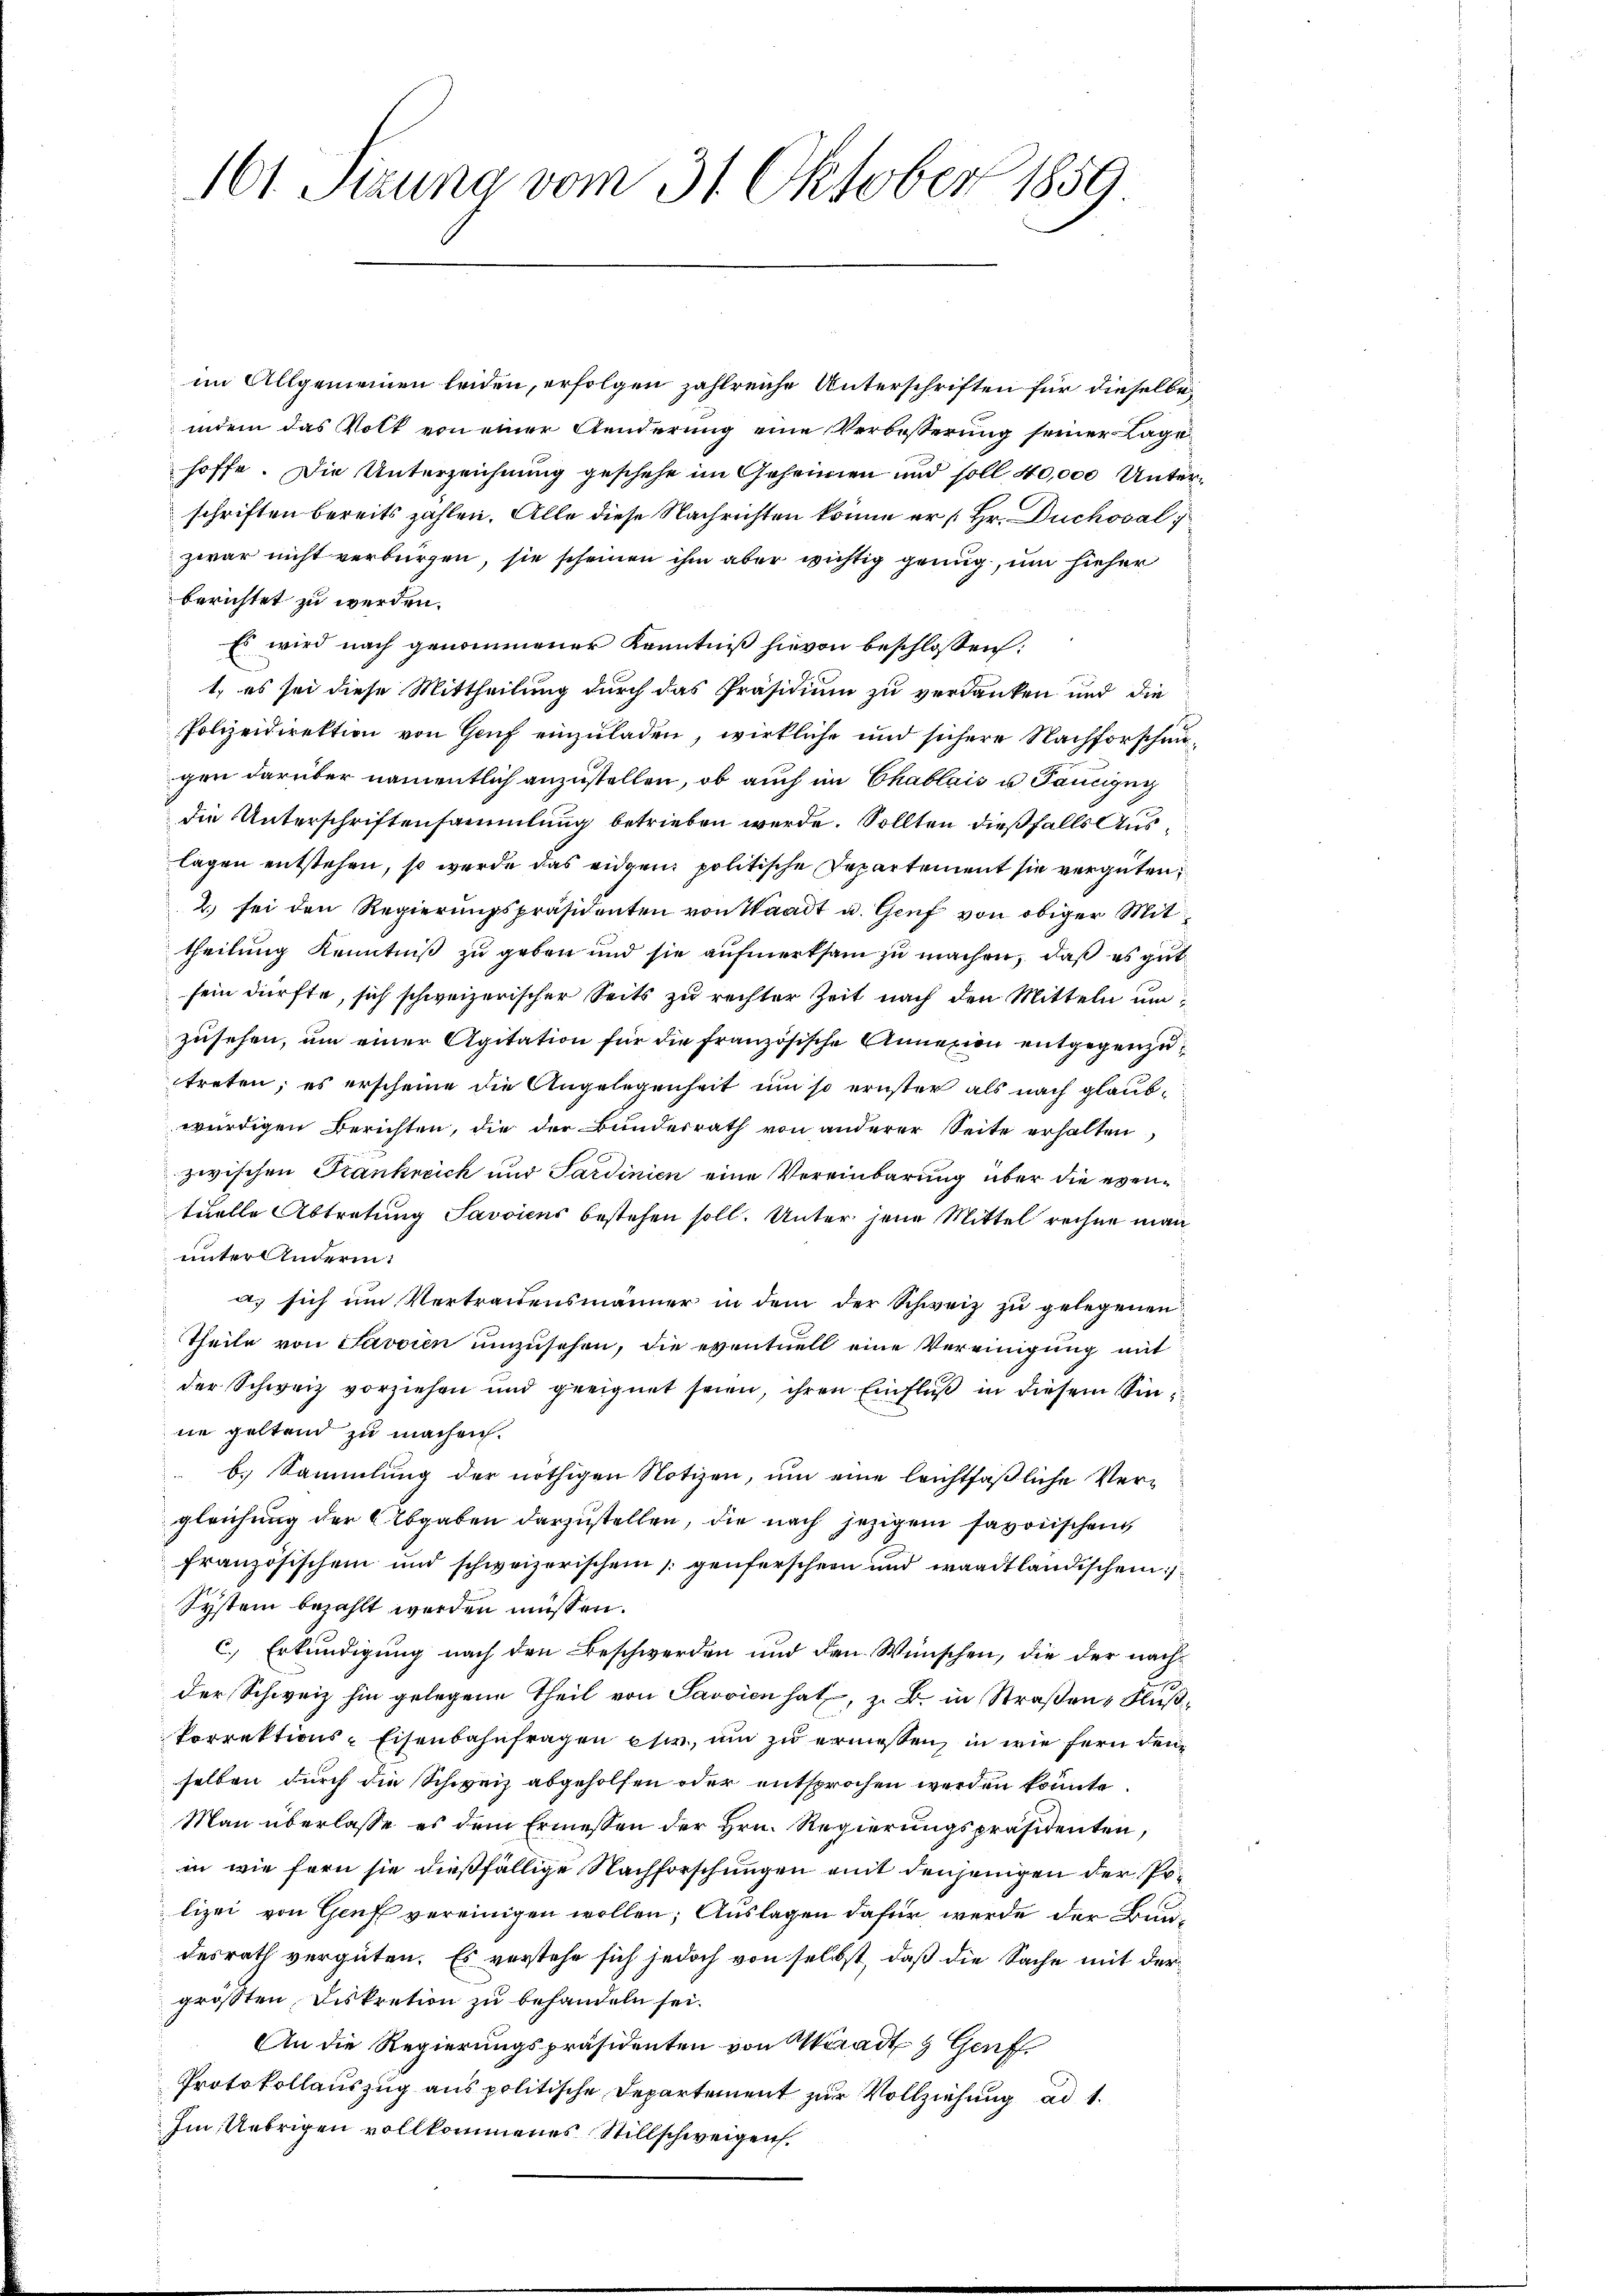
im Allgemeinen leiden, erfolgen zahlreiche Unterschriften für dieselbeindem das Volk von einer Aenderung eine Verbesserung seiner Lage
hoffe. Die Unterzeichnung geschehe im Geheimen und soll 40,000 Unterschriften bereits zahlen. Alle diese Nachrichten könne er [Hr. Duchoval
zwar nicht verbürgen, sie scheinen ihm aber wichtig genug, um hieher
berichtet zu werden.
Es wird nach genommener Kenntniß hievon beschlossen:
t, es sei diese Mittheilung durch das Präsidium zu verdanken und die
Polizeidirektion von Genf einzuladen, wirkliche und sichere Nachforschengen darüber namentlich anzustellen, ob auch im Chablais u Pancizug
die Unterschriftensammlung betrieben werde. Sollten dießfalls Auslagen entstehen, so werde das eidgen. politische Departement sie vergüten
2) sei den Regierungspräsidenten von Waadt u. Genf von obiger Mittheilung Kenntniß zu geben und sie aufmerksam zu machen, daß es gut
sein dürfte, sich schweizerischer Seits zu rechter Zeit nach den Mitteln umzusehen, um einer Agitation für die französische Annexion entgegenzutreten; es erscheine die Angelegenheit um so ernster als nach glaubwürdigen Berichten, die der Bundesrath von anderer Seite erhalten,
zwischen Frankreich und Sardinien eine Vereinbarung über die eventuelle Abtretung Savoiens bestehen soll. Unter jene Mittel rechne man
unter Anderm.
a) sich um Vertraidensmänner in dem der Schweiz zu gelegenen
Theile von Savoien umzusehen, die eventuell eine Vereinigung mit
der Schweiz vorziehen und geeignet seien, ihren Einflŭβ in diesem Sinne geltend zu machen.
b. Sammlung der nöthigen Notizen, um eine leichtfaßliche Vergleichung der Abgaben darzustellen, die nach jezigen favorischen
französischen und schweizerischen „genforschern und waadtländischen
System bezahlt werden müssen.
c.) Erkundigung nach den Beschwerden und den Wünschen, die der nachder Schweiz hin gelegene Theil von Savvien hat, z. B. in Straßen, Flußkorrektions-Eisenbahnfragen eher, um zu ermessen, in wie fern den
selben durch die Schweiz abgeholfen oder entsprochen werden könnte.
Man überlasse es dem Ermessen der Hrn. Regierungspräsidenten,
in wie fern sie dießfällige Nachforschungen mit denjenigen der Polizei von Genf vereinigen wollen; Auslagen dafür werde der Bundesrath vergüten. Es verstehe sich jedoch von selbst, daß die Sache mit dergrößten Diskretion zu behandeln sei.
An die Regierungspräsidenten von Muradt & Genf.
Protokollauszug aus politische Departement zur Vollziehung ad 1.
Im Uebrigen vollkommenes Stillschweigen.

161. Setzung vom 31. Oktober 1859